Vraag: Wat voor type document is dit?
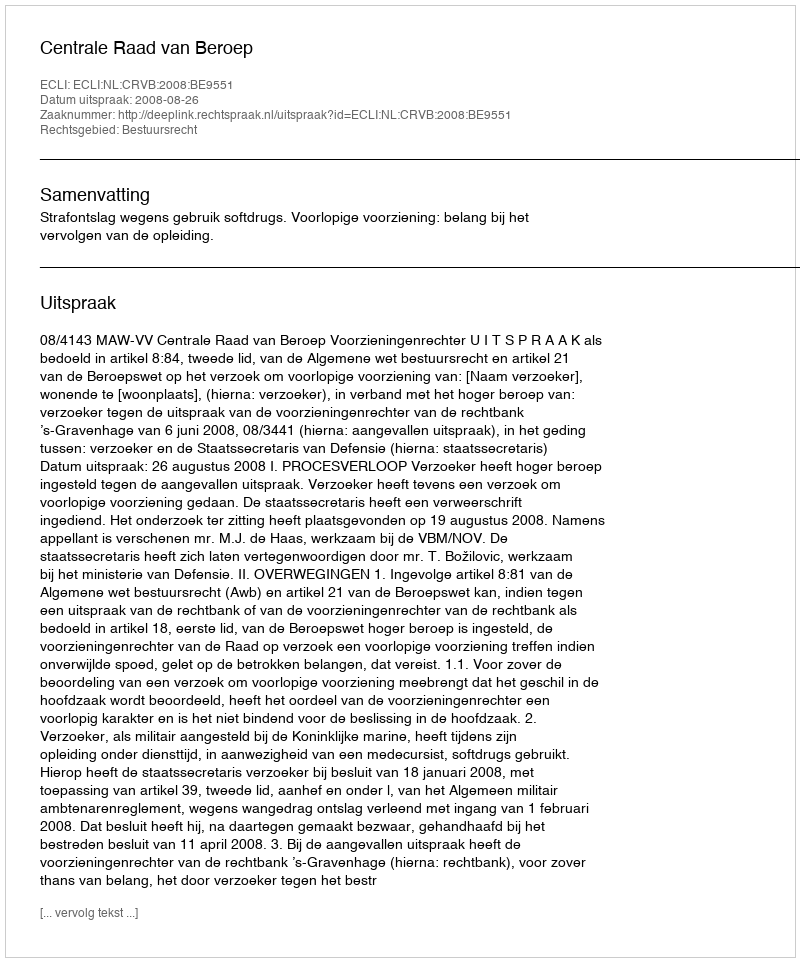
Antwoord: Uitspraak